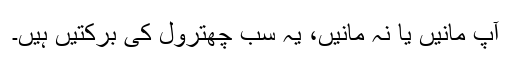
آپ مانیں یا نہ مانیں، یہ سب چھترول کی برکتیں ہیں۔